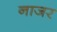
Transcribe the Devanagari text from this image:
नाजर